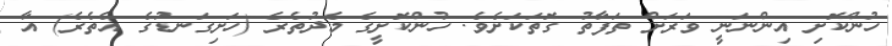
ހުންކޮށި އިންނަނީ ވަރަށް ތަފާތު ގޮތަކަށެވެ. ހުންކޮށީގެ މެދުތެރެ (ހަށިގަނޑުގެ އެތެރެ) އާ